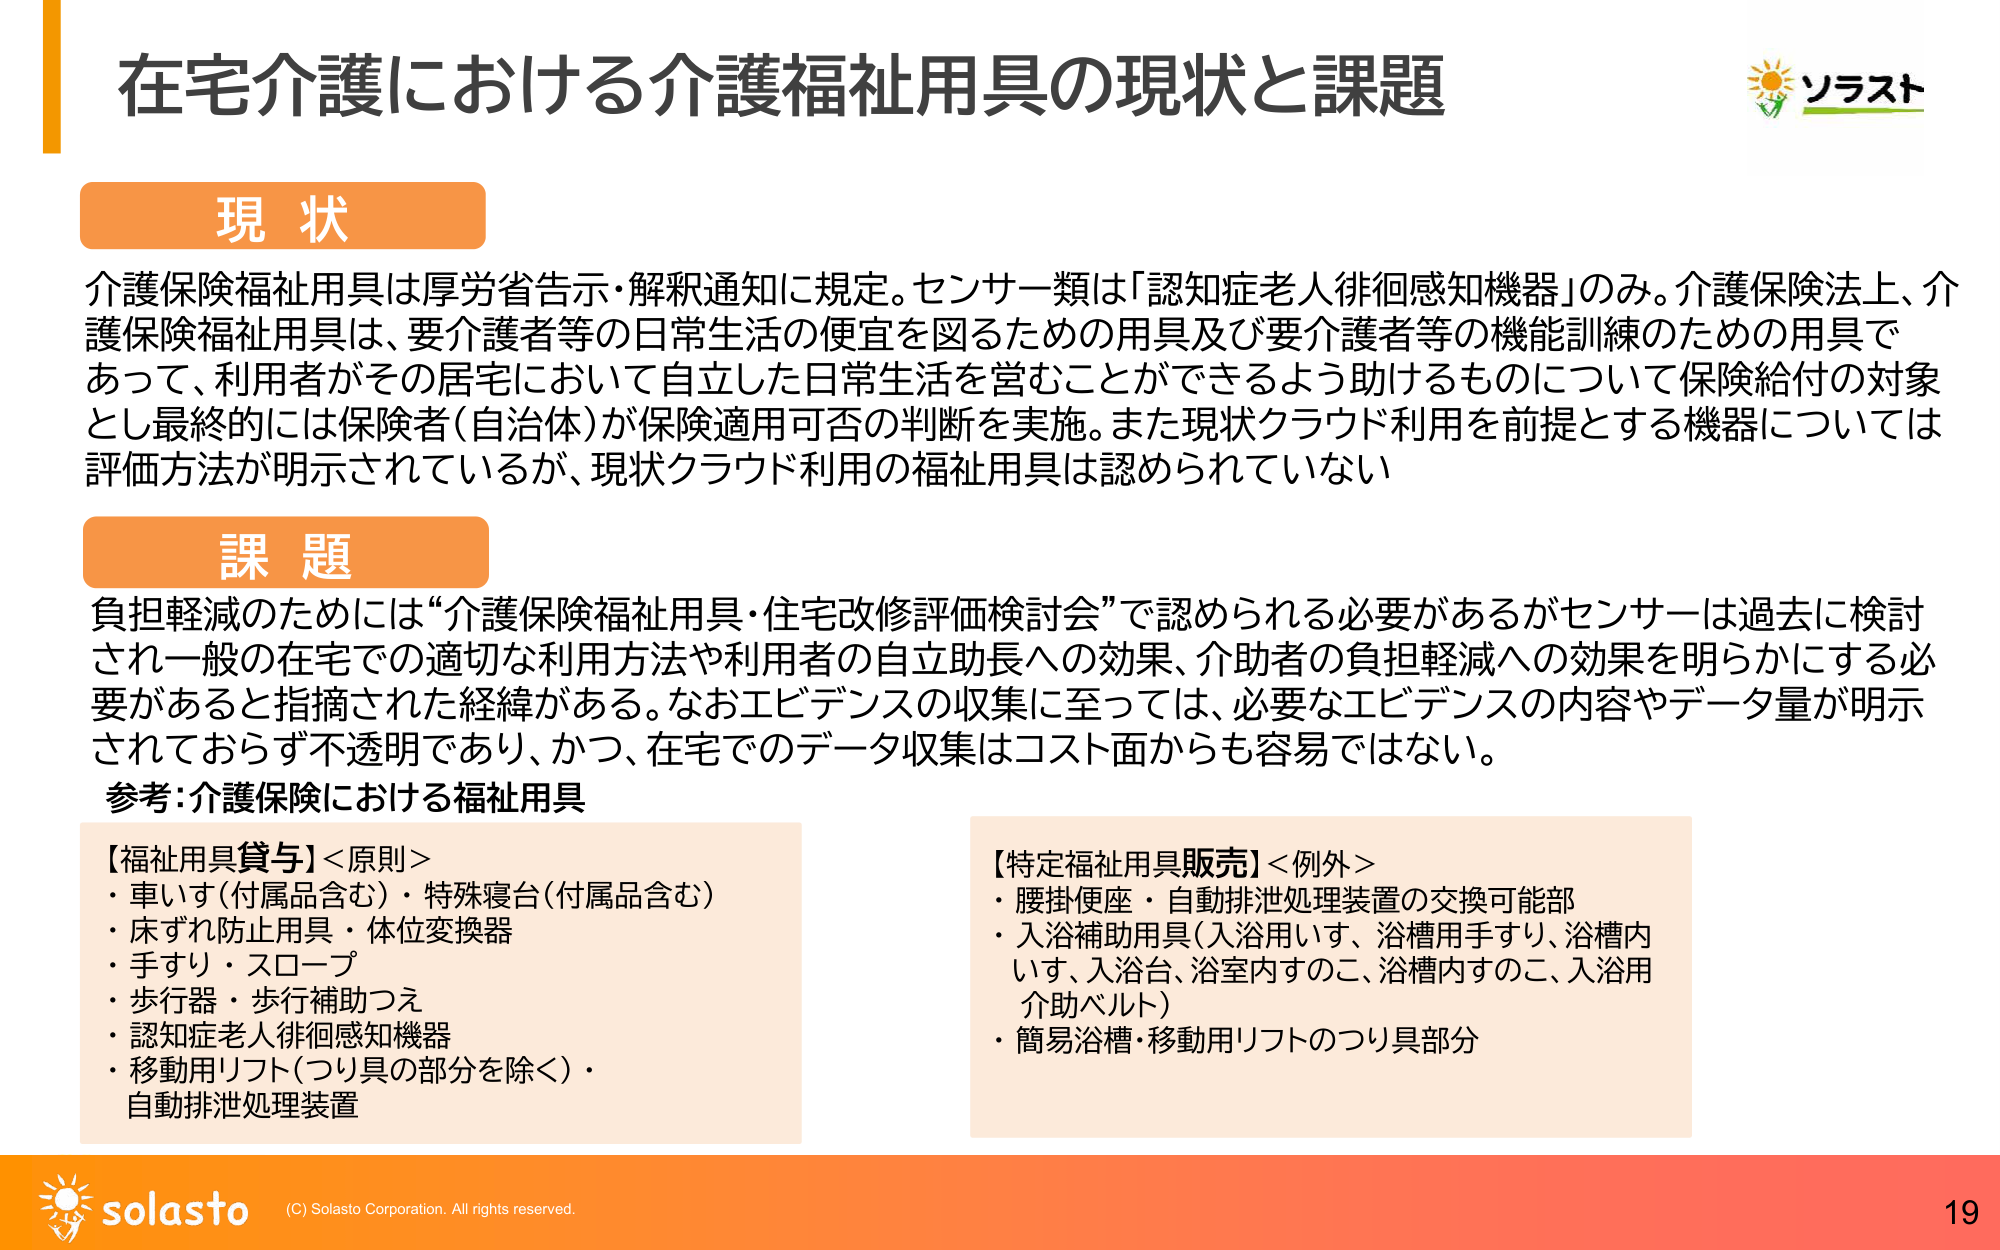
在宅介護における介護福祉用具の現状と課題

現状
介護保険福祉用具は厚労省告示・解釈通知に規定。センサー類は「認知症老人徘徊感知機器」のみ。介護保険法上、介護保険福祉用具は、要介護者等の日常生活の便宜を図るための用具及び要介護者等の機能訓練のための用具であって、利用者がその居宅において自立した日常生活を営むことができるよう助けるものについて保険給付の対象とし最終的には保険者（自治体）が保険適用可否の判断を実施。また現状クラウド利用を前提とする機器については評価方法が明示されているが、現状クラウド利用の福祉用具は認められていない

課題
負担軽減のためには“介護保険福祉用具・住宅改修評価検討会”で認められる必要があるがセンサーは過去に検討され一般の在宅での適切な利用方法や利用者の自立助長への効果、介助者の負担軽減への効果を明らかにする必要があると指摘された経緯がある。なおエビデンスの収集に至っては、必要なエビデンスの内容やデータ量が明示されておらず不透明であり、かつ、在宅でのデータ収集はコスト面からも容易ではない。

参考：介護保険における福祉用具

【福祉用具貸与】＜原則＞
・車いす（付属品含む）・特殊寝台（付属品含む）
・床ずれ防止用具・体位変換器
・手すり・スロープ
・歩行器・歩行補助つえ
・認知症老人徘徊感知機器
・移動用リフト（つり具の部分を除く）・
自動排泄処理装置

【特定福祉用具販売】＜例外＞
・腰掛便座・自動排泄処理装置の交換可能部
・入浴補助用具（入浴用いす、浴槽用手すり、浴槽内いす、入浴台、浴室内すのこ、浴槽内すのこ、入浴用介助ベルト）
・簡易浴槽・移動用リフトのつり具部分

ソラスト

solasto (C) Solasto Corporation. All rights reserved.
19